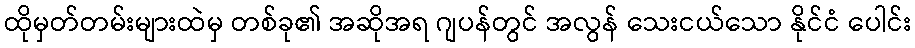
ထိုမှတ်တမ်းများထဲမှ တစ်ခု၏ အဆိုအရ ဂျပန်တွင် အလွန် သေးငယ်သော နိုင်ငံ ပေါင်း